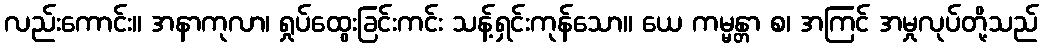
လည်းကောင်း။ အနာကုလာ၊ ရှုပ်ထွေးခြင်းကင်း သန့်ရှင်းကုန်သော။ ယေ ကမ္မန္တာ စ၊ အကြင် အမှုလုပ်တို့သည်